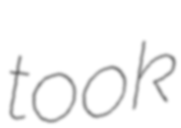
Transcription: took